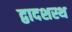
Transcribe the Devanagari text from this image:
द्वादशस्थ